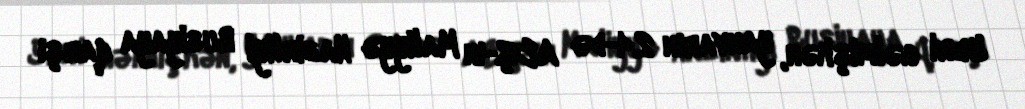
Yeri gəlmişkən, yanvarın 24-də ABŞ-ın Maliyyə Nazirliyi Rusiyaya qarşı